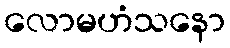
လောမဟံသနော